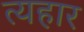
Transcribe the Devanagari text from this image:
त्यहार